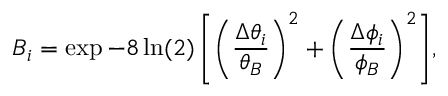
B _ { i } = \exp { - 8 \ln ( 2 ) \left[ \left( \frac { \Delta \theta _ { i } } { \theta _ { B } } \right) ^ { 2 } + \left( \frac { \Delta \phi _ { i } } { \phi _ { B } } \right) ^ { 2 } \right] } ,